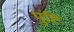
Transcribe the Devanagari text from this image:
पुष्टिः